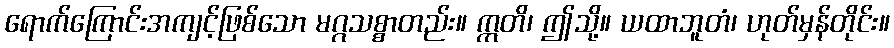
ရောက်ကြောင်းအကျင့်ဖြစ်သော မဂ္ဂသစ္စာတည်း။ ဣတိ၊ ဤသို့။ ယထာဘူတံ၊ ဟုတ်မှန်တိုင်း။